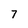
Character: 7